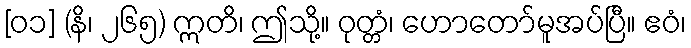
[၀၁] (နိ၊ ၂၆၅) ဣတိ၊ ဤသို့။ ဝုတ္တံ၊ ဟောတော်မူအပ်ပြီ။ ဧဝံ၊